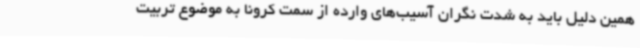
همین دلیل باید به شدت نگران آسیب‌های وارده از سمت کرونا به موضوع تربیت